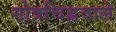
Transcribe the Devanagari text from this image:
गोत्रचिह्नवाले